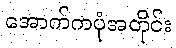
အောက်ကပုံအတိုင်း